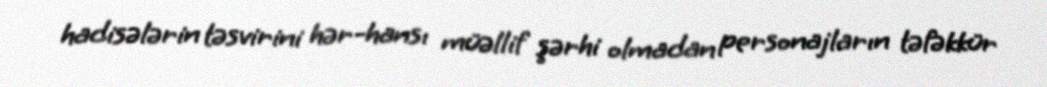
hadisələrin təsvirini hər-hansı müəllif şərhi olmadan personajların təfəkkür